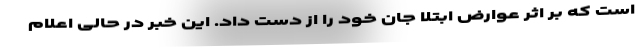
است که بر اثر عوارض ابتلا جان خود را از دست داد. این خبر در حالی اعلام